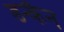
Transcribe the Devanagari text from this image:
डन्कैन